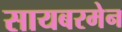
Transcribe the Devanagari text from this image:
सायबरमेन